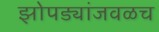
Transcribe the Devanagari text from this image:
झोपड्यांजवळच